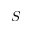
S